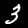
Label: 3